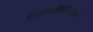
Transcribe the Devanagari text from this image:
शताब्दीदिनास